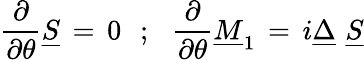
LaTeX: {\frac{\partial}{\partial\theta}}\underline{{S}}\, =\, 0\, \, \, \, ;\, \, \, \, {\frac{\partial}{\partial\theta}}\underline{{M}}_{1}\, =\, i\underline{{\Delta}}\, \, \underline{{S}}